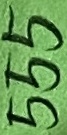
Text: 555